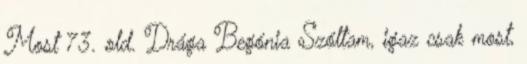
Most 73. old. Drága Begónia Szóltam, igaz csak most,